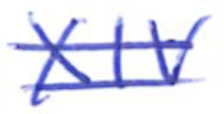
Text: XIV
Cross-out: double-line
Writing tool: ballpoint